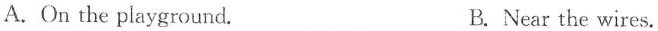
A.On the playground. B. Near the wires.